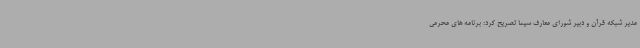
مدیر شبکه قرآن و دبیر شورای معارف سیما تصریح کرد: برنامه های محرمی